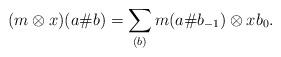
LaTeX: \begin{align*} (m \otimes x) (a \# b) = \sum_{(b)} m(a\#b_{-1}) \otimes xb_0.\end{align*}